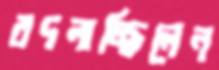
বদলাচ্ছিলেন